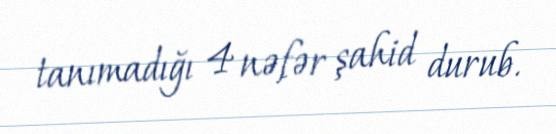
tanımadığı 4 nəfər şahid durub.